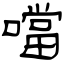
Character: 噹